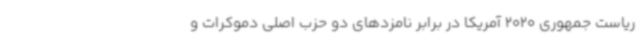
ریاست جمهوری 2020 آمریکا در برابر نامزدهای دو حزب اصلی دموکرات و